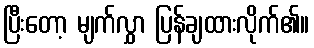
ပြီးတော့ မျက်လွှာ ပြန်ချထားလိုက်၏။